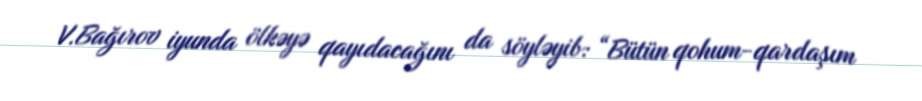
V.Bağırov iyunda ölkəyə qayıdacağını da söyləyib: “Bütün qohum-qardaşım